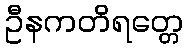
ဦနကတိရတ္တေ